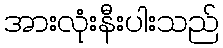
အားလုံးနီးပါးသည်